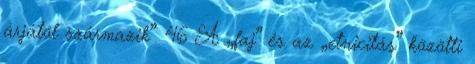
árjától származik”. 46 A „faj” és az „etnicitás” közötti